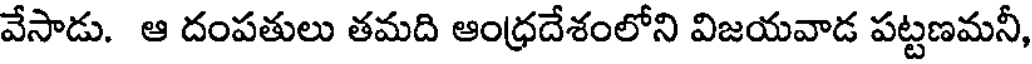
వేసాడు. ఆ దంపతులు తమది ఆంధ్రదేశంలోని విజయవాడ పట్టణమనీ,